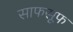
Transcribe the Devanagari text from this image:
साफसूफ